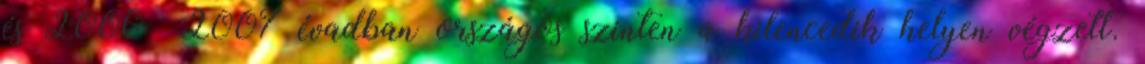
és 2006 2007 évadban országos szinten a kilencedik helyen végzett.